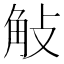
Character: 𧣀